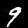
Digit: 9